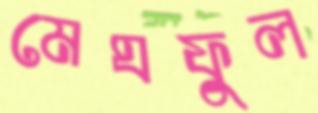
মেঘফুল